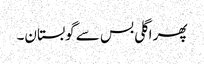
پھر اگلی بس سے گوبستان۔